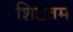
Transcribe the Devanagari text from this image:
शिष्टतम